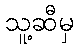
သူ့ဆီမှ